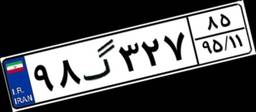
۹۸گ۳۲۷۸۵